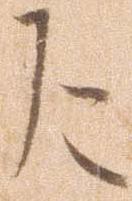
乍